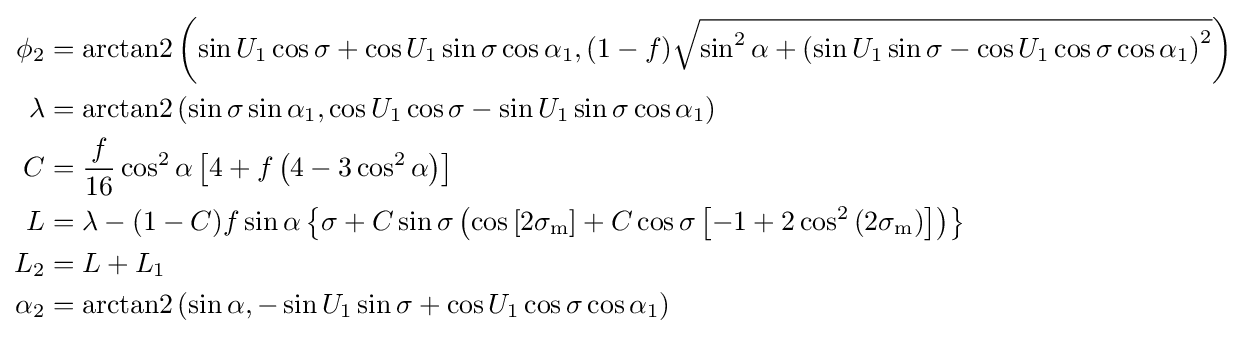
{\begin{aligned}\phi _{2}&=\operatorname {arctan2} \left(\sin U_{1}\cos \sigma +\cos U_{1}\sin \sigma \cos \alpha _{1},(1-f){\sqrt {\sin ^{2}\alpha +\left(\sin U_{1}\sin \sigma -\cos U_{1}\cos \sigma \cos \alpha _{1}\right)^{2}}}\right)\\\lambda &=\operatorname {arctan2} \left(\sin \sigma \sin \alpha _{1},\cos U_{1}\cos \sigma -\sin U_{1}\sin \sigma \cos \alpha _{1}\right)\\C&={\frac {f}{16}}\cos ^{2}\alpha \left[4+f\left(4-3\cos ^{2}\alpha \right)\right]\\L&=\lambda -(1-C)f\sin \alpha \left\{\sigma +C\sin \sigma \left(\cos \left[2\sigma _{\text{m}}\right]+C\cos \sigma \left[-1+2\cos ^{2}\left(2\sigma _{\text{m}}\right)\right]\right)\right\}\\L_{2}&=L+L_{1}\\\alpha _{2}&=\operatorname {arctan2} \left(\sin \alpha ,-\sin U_{1}\sin \sigma +\cos U_{1}\cos \sigma \cos \alpha _{1}\right)\end{aligned}}